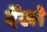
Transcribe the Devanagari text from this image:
देंखो